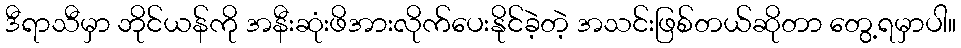
ဒီရာသီမှာ ဘိုင်ယန်ကို အနီးဆုံးဖိအားလိုက်ပေးနိုင်ခဲ့တဲ့ အသင်းဖြစ်တယ်ဆိုတာ တွေ့ရမှာပါ။